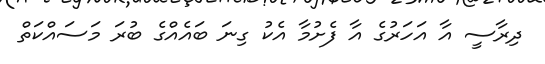
ދިރާސީ އާ އަހަރުގެ އާ ފެށުމާ އެކު ގިނަ ބައެއްގެ ބުރަ މަސައްކަތް